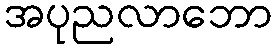
အပုညလာဘော